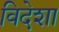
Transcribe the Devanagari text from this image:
विदेशा